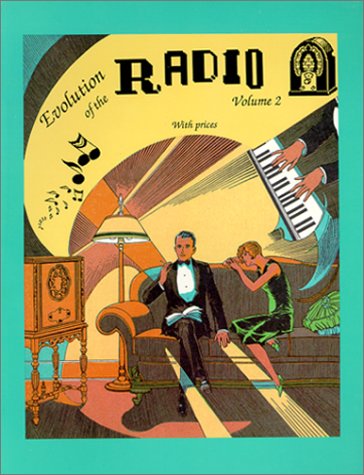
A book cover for Evolution of the Radio Vol #2; Scott Wood; Crafts, Hobbies & Home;